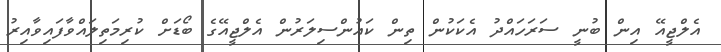
އެލްޖީއޭ އިން ބުނީ ސަރަހައްދު އެކަކުން ތިން ކައުންސިލަރުން އެލްޖީއޭގެ ބޯޑަށް ކުރިމަތިލައްވާފައިވާއިރު